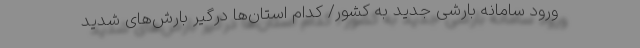
ورود سامانه بارشی جدید به کشور/ کدام استان‌ها درگیر بارش‌های شدید